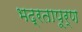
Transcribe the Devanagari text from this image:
भद्रतापूर्ण